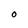
Character: O